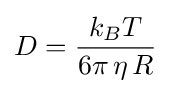
D={\frac {k_{B}T}{6\pi \,\eta \,R}}